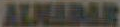
ALNABAR